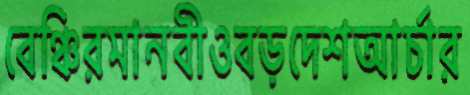
বেঞ্চিরমানবীওবড়দেশআর্চার